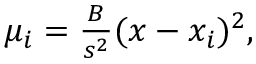
\begin{array} { r } { \mu _ { i } = \frac { B } { s ^ { 2 } } ( x - x _ { i } ) ^ { 2 } , } \end{array}